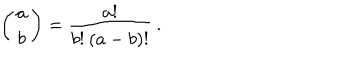
\left( \begin{array} { c } { { a } } \\ { { b } } \\ \end{array} \right) = \frac { a ! } { b ! \: ( a - b ) ! } \: .